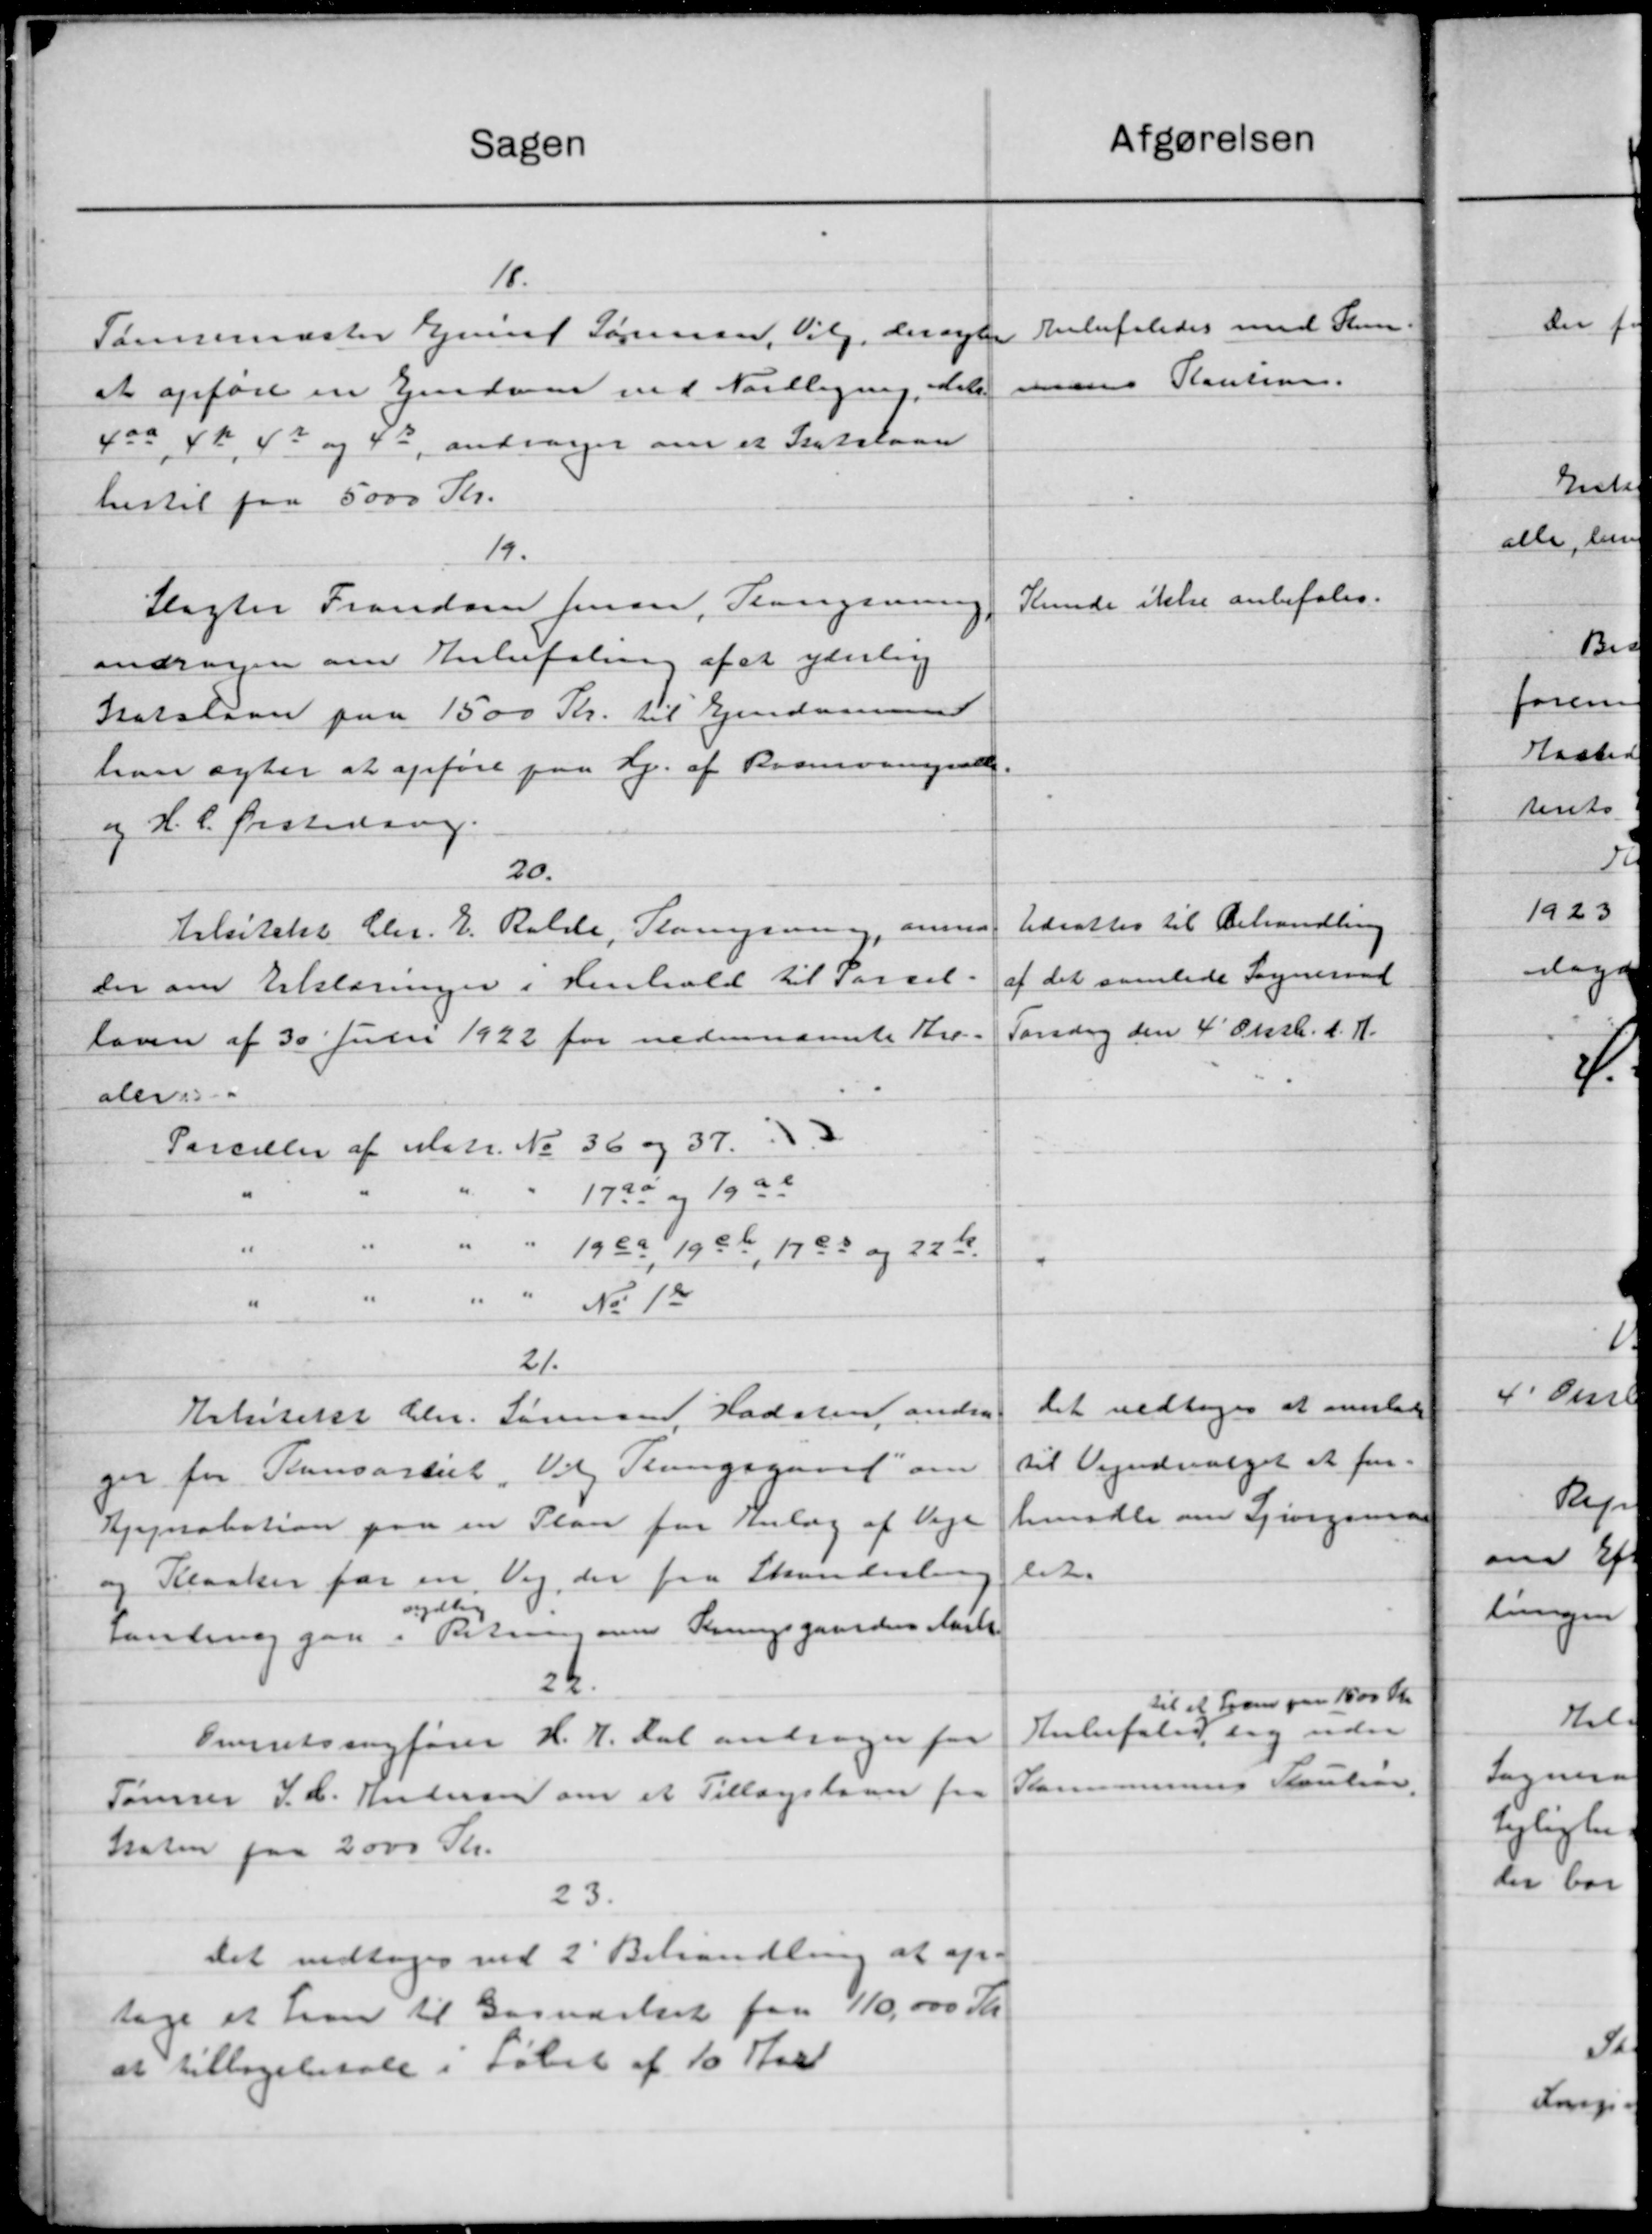
Transskription:
Sagen
18.
Tømrermester Gjenne Sørensen, Vilg, der nyder
at opføre en Ejendom med Nordligning, dele
4a 4 Kr 43 og 43, andrager om et Statslaan
hertil paa 5000 Kr.
19.
Slagter Frandsen Jensen, Slangsving
andrager om Anbefaling af at yderlig
Statslaan paa 1500 Kr. til Ejendomme
han agter at opføre paa Hj. af Bramvamgaard.
og H. C. Ørstedsen.
20.
tilsitekt Chr. E. Rolde, Slangsning, anmo
der om Erklæringer i Henhold til Parcel.
loven af 30' Julii 1922 for nedennævnte Kro-
aleri
Parceller af Matr. No 36 og 37.
1725 og 1922
" " 1983, 1936, 1795 og 22 Kr.
"
" " No 12
21.
Arkitekt Chr. Formand, Hadsten andre
ger for Ponsarkiet, Valg Slangsgaard om
Kjepobation paa en Plan for Tenlæg af Veje
Klasker for en Vej, der fra Skanderlin
ydlig
Samling gaa i Beting over Senningsgaarden Aarh
24.
Omentsingfører H. t. Dal andrager for
Tømrer J. C. Andersen om et Tillægslaan fra
Staten paa 2000 Kr.
23.
Det vedtoges ved 2' Behandling at op-
tage et Laan til Gasværket fra 110.000 Kr.
at tilbagebetale i Løbet af 10 Aarl